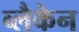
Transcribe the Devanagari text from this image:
ब्लैकेन